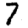
Digit: 7